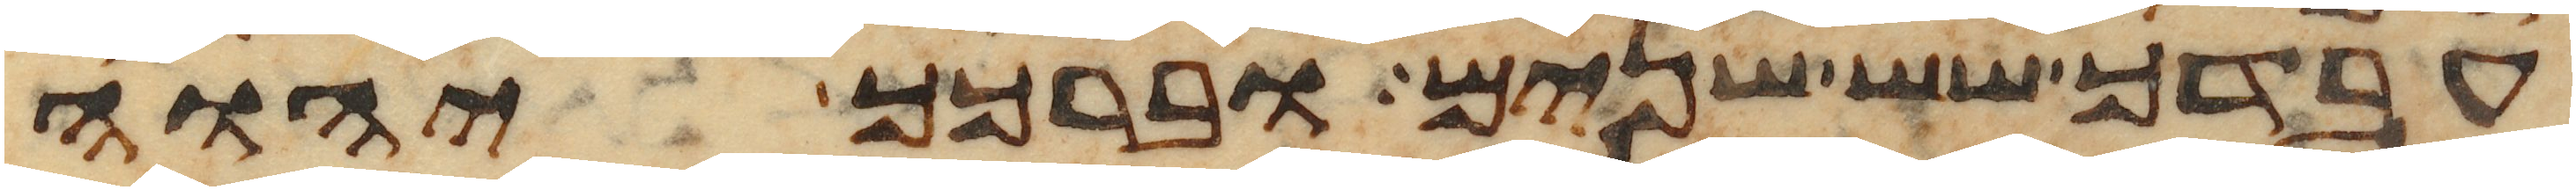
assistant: עבדך שש שנים וברכך יהוה